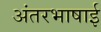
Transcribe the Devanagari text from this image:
अंतरभाषाई